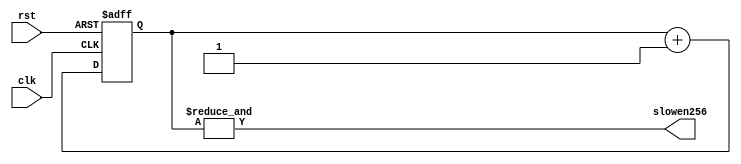
`timescale 1ns / 1ps

module div256(clk,rst, slowen256);

	input clk,rst;
	output slowen256;

	reg[7:0] slowen_count;

	always @(posedge clk or posedge rst) 
	begin
		if (rst) slowen_count<=8'b00000000;
		else slowen_count<=slowen_count+1;
	end

	assign slowen256=&slowen_count;
endmodule